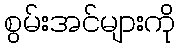
စွမ်းအင်များကို